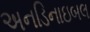
અનડિનાઇબલ